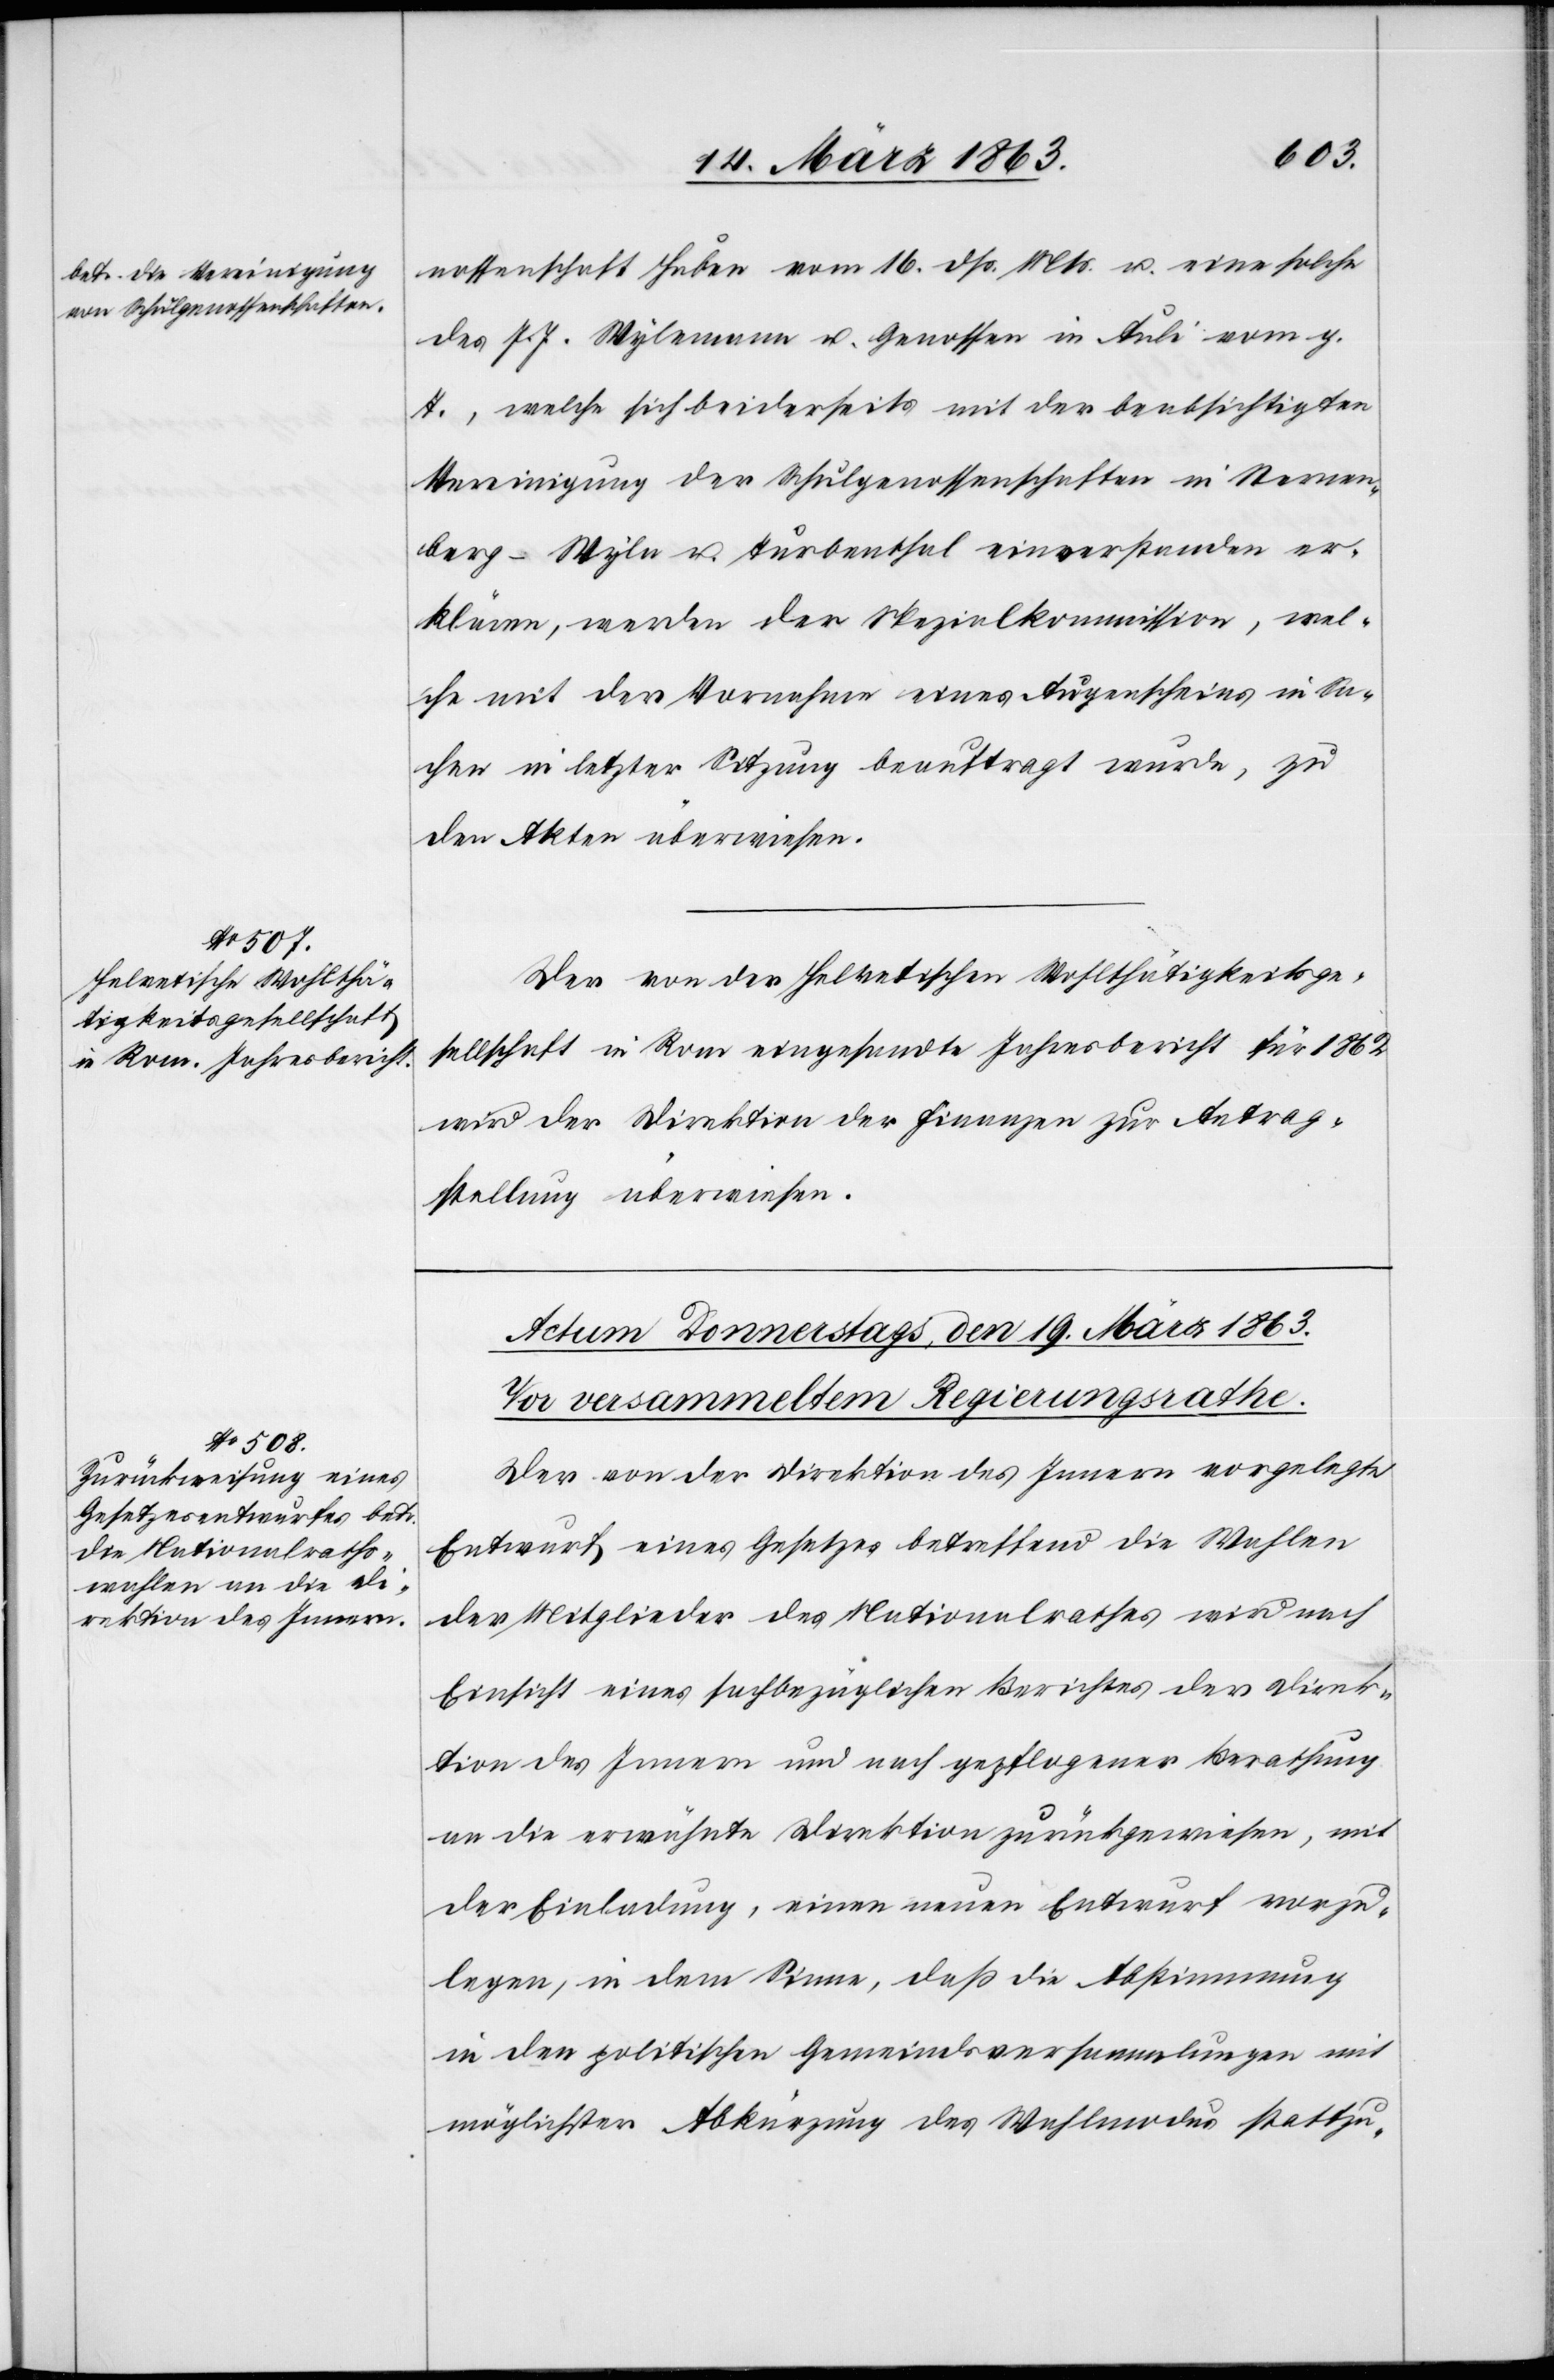
18. März 1863.]
nossenschaft Huben vom 16. dß. Mts. u. eine solche
des J. J. Wylemann u. Genossen in Auli vom g.
T., welche sich beiderseits mit der beabsichtigten
Vereinigung der Schulgenossenschaften in Sternen¬
berg-Wyla u. Turbenthal einverstanden er¬
klären, werden der Spezialkommission, wel¬
che mit der Vornahme eines Augenscheins in Sa¬
chen in letzter Sitzung beauftragt wurde, zu
den Akten überwiesen.
Der von der Helvetischen Wohlthätigkeitsge¬
sellschaft in Rom eingesandte Jahresbericht für 1862
wird der Direktion der Finanzen zur Antrag¬
stellung überwiesen.
Der von der Direktion des Innern vorgelegte
Entwurf eines Gesetzes betreffend die Wahlen
der Mitglieder des Nationalrathes wird nach
Einsicht eines sachbezüglichen Berichtes der Direk¬
tion des Innern und nach gepflogener Berathung
an die erwähnte Direktion zurückgewiesen, mit
der Einladung, einen neuen Entwurf vorzu¬
legen, in dem Sinne, daß die Abstimmung
in den politischen Gemeindsversammlungen mit
möglichster Abkürzung des Wahlmodus stattzu-